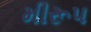
મીરૂપ